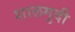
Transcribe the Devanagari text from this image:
शालमुदी